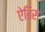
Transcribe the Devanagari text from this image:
ऐबिस